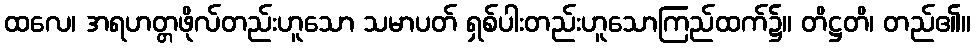
ထလေ၊ အရဟတ္တဖိုလ်တည်းဟူသော သမာပတ် ရှစ်ပါးတည်းဟူသောကြည်ထက်၌။ တိဋ္ဌတိ၊ တည်၏။